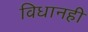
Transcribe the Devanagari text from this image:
विधानही